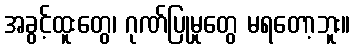
အခွင့်ထူးတွေ၊ ဂုဏ်ပြုမှုတွေ မရတော့ဘူး။